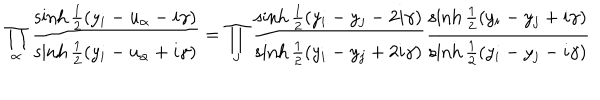
\prod _ { \alpha } { \frac { \sinh { \frac { 1 } { 2 } } ( y _ { i } - u _ { \alpha } - i \gamma ) } { \sinh { \frac { 1 } { 2 } } ( y _ { i } - u _ { \alpha } + i \gamma ) } } = \prod _ { j } { \frac { \sinh { \frac { 1 } { 2 } } ( y _ { i } - y _ { j } - 2 i \gamma ) } { \sinh { \frac { 1 } { 2 } } ( y _ { i } - y _ { j } + 2 i \gamma ) } } { \frac { \sinh { \frac { 1 } { 2 } } ( y _ { i } - y _ { j } + i \gamma ) } { \sinh { \frac { 1 } { 2 } } ( y _ { i } - y _ { j } - i \gamma ) } }